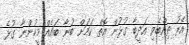
އޭރު ތިއްބެވި އަދީބާ ގުޅުން އޮތް ކަމަށް ބުނާ ބައެއް މީހުންނާ ގުޅެ